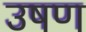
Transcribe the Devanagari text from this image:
उषण